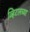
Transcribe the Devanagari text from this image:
व्हिटलच्या